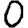
Digit: 0